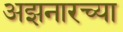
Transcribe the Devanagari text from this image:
अझनारच्या